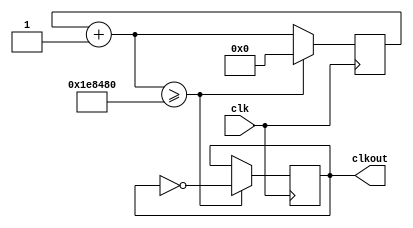
module clkdiv(input clk, output reg clkout);
reg[22:0] brojac = 0;
always@(posedge clk) begin
brojac = brojac + 1;
//if(brojac>=162) begin
if(brojac>=2000000)begin
clkout = ~clkout;
brojac = 0;
end
end
endmodule